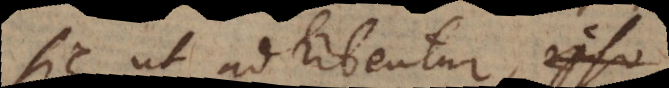
sic ut adhibentur, cum